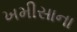
ખમીસાના